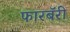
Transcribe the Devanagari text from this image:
फारबॅरी